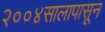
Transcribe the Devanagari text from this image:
२००४सालापासून